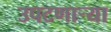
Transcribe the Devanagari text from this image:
उपटणार्‍या